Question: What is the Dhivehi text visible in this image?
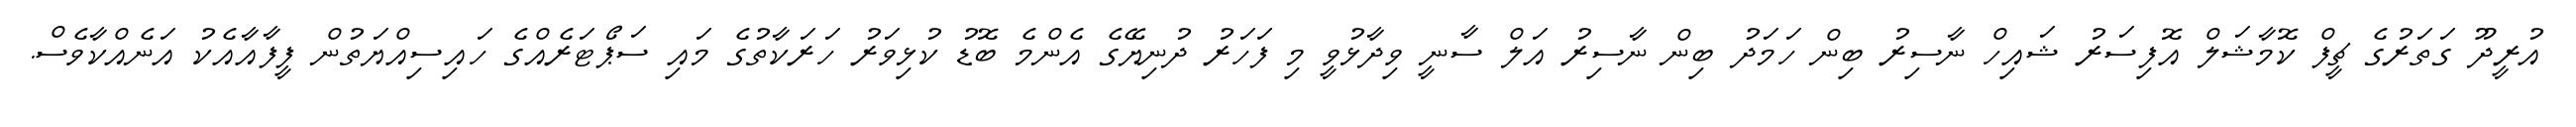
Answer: އުރީދޫ ގަތަރުގެ ޗީފް ކޮމާޝަލް އޮފިސަރު ޝައިހް ނާސިރު ބިން ހަމަދު ބިން ނާސިރު އަލް ސާނީ ވިދާޅުވީ މި ފަހަރު ދުނިޔޭގެ އެންމެ ބޮޑު ކުޅިވަރު ހަރަކާތުގެ މައި ސަޕޯޓަރެއްގެ ހައިސިއްޔަތުން ފީފާއާއެކު އަނެއްކާވެސް.